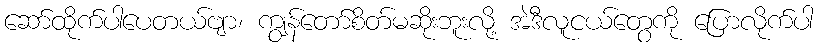
ဆော်ထိုက်ပါပေတယ်ဗျာ၊ ကျွန်တော်စိတ်မဆိုးဘူးလို့ အဲဒီလူငယ်တွေကို ပြောလိုက်ပါ